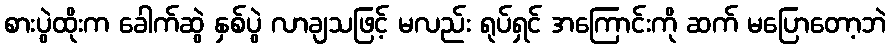
စားပွဲထိုးက ခေါက်ဆွဲ နှစ်ပွဲ လာချသဖြင့် မလည်း ရုပ်ရှင် အကြောင်းကို ဆက် မပြောတော့ဘဲ